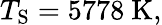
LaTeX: T_{\mathrm{{S}}}=5778\ \mathrm{K},